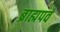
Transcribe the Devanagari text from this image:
ब्राह्मपर्व